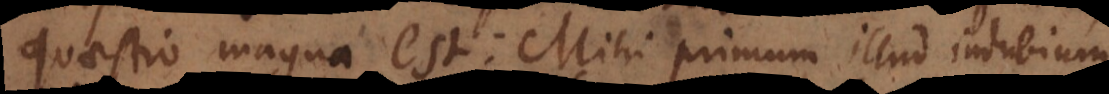
quaestio magna est: Mihi primum illud indubium